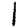
Digit: 1